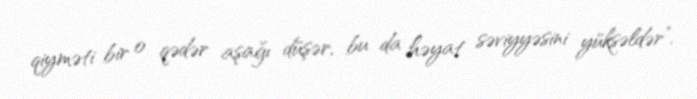
qiyməti bir o qədər aşağı düşər, bu da həyat səviyyəsini yüksəldər”.